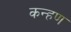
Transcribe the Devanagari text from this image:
कन्हण